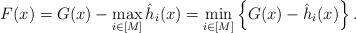
LaTeX: \begin{align*}F(x)=G(x)-\max_{i\in[M]}\hat{h}_i(x)=\min_{i\in[M]}\left\{G(x)-\hat{h}_i(x)\right\}.\end{align*}